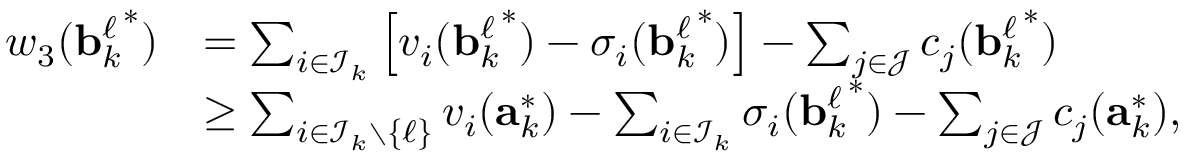
\begin{array} { r l } { w _ { 3 } ( { \mathbf { b } _ { k } ^ { \ell } } ^ { * } ) } & { = \sum _ { i \in \mathcal { I } _ { k } } \left[ v _ { i } ( { \mathbf { b } _ { k } ^ { \ell } } ^ { * } ) - \sigma _ { i } ( { \mathbf { b } _ { k } ^ { \ell } } ^ { * } ) \right] - \sum _ { j \in \mathcal { J } } c _ { j } ( { \mathbf { b } _ { k } ^ { \ell } } ^ { * } ) } \\ & { \geq \sum _ { i \in \mathcal { I } _ { k } \setminus \{ \ell \} } v _ { i } ( \mathbf { a } _ { k } ^ { * } ) - \sum _ { i \in \mathcal { I } _ { k } } \sigma _ { i } ( { \mathbf { b } _ { k } ^ { \ell } } ^ { * } ) - \sum _ { j \in \mathcal { J } } c _ { j } ( \mathbf { a } _ { k } ^ { * } ) , } \end{array}